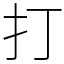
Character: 打